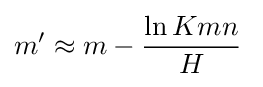
m'\approx m-{\frac {\ln Kmn}{H}}\;